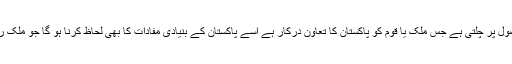
دو طرفہ تعلقات کی گاڑی لین دین کے اصول پر چلتی ہے جس ملک یا قوم کو پاکستان کا تعاون درکار ہے اُسے پاکستان کے بنیادی مفادات کا بھی لحاظ کرنا ہو گا جو ملک راضی ہو اُس کے لیے دیدہ و دل فرش راہ !